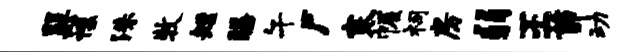
巽禳洙牧短膳午尸寒幄祠房弱王茆动